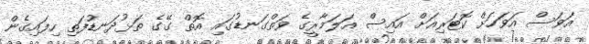
އަވަސް އަވަހަށް ކޮޓަރިއަށް އައިސް އަލަމާރީގެ ވަތްގަނޑުގައި އޮތް ގޭގެ ތަޅުދަނޑުފަތި ހިފައިގެން